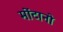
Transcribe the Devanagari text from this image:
मोंटानो